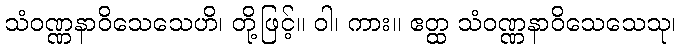
သံဝဏ္ဏနာဝိသေသေဟိ၊ တို့ဖြင့်။ ဝါ၊ ကား။ ဧတ္ထ သံဝဏ္ဏနာဝိသေသေသု၊